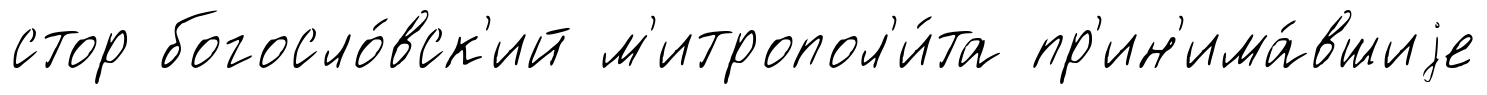
стор богосло́вск'ий м'итропол'и́та пр'ин'има́вшиjе